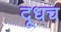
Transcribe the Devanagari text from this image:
दूधच